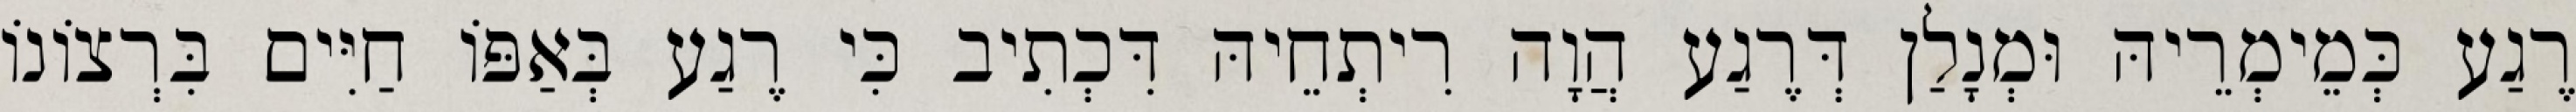
רֶגַע כְּמֵימְרֵיהּ וּמְנָלַן דְּרֶגַע הֲוָה רִיתְחֵיהּ דִּכְתִיב כִּי רֶגַע בְּאַפּוֹ חַיִּים בִּרְצוֹנוֹ